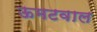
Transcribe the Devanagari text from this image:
ऊमटवाल